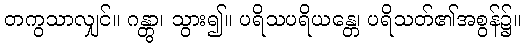
တကွသာလျှင်။ ဂန္တွာ၊ သွား၍။ ပရိသပရိယန္တေ၊ ပရိသတ်၏အစွန်၌။